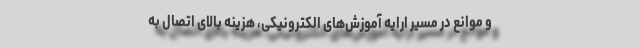
و موانع در مسیر ارایه آموزش‌های الکترونیکی، هزینه بالای اتصال به